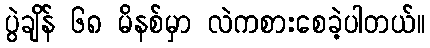
ပွဲချိန် ၆၈ မိနစ်မှာ လဲကစားစေခဲ့ပါတယ်။